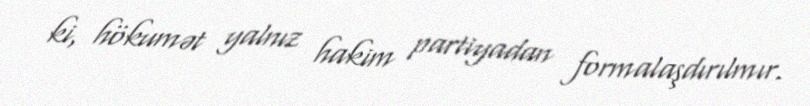
ki, hökumət yalnız hakim partiyadan formalaşdırılmır.